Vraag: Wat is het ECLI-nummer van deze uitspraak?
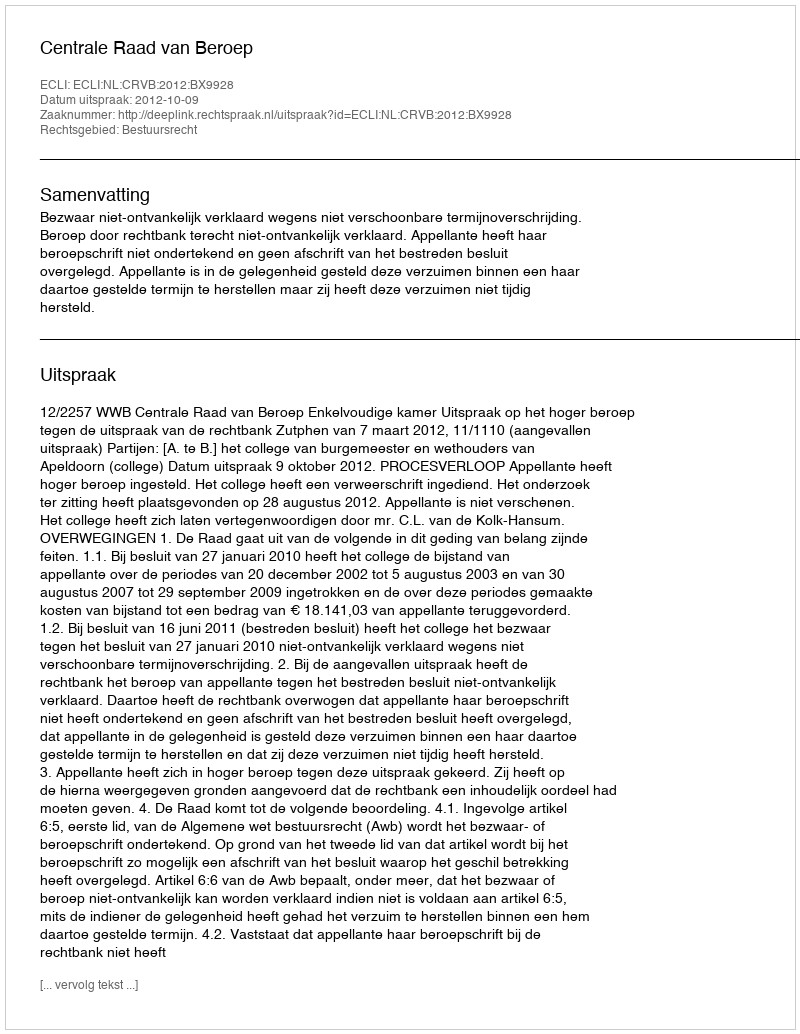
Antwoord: ECLI:NL:CRVB:2012:BX9928